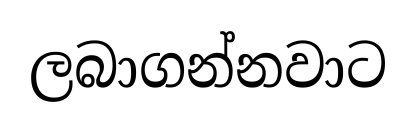
ලබාගන්නවාට